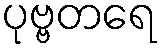
ပုဗ္ဗတရေ